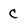
Character: c